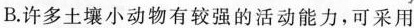
B.许多土壤小动物有较强的活动能力，可采用